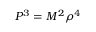
P ^ { 3 } = M ^ { 2 } \rho ^ { 4 }